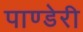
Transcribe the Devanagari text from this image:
पाण्डेरी